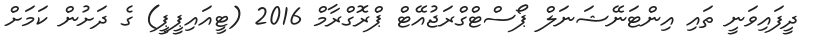
ދީފައިވަނީ ތައި އިންޓަނޭޝަނަލް ޕޯސްޓްގްރަޖުއޭޓް ޕްރޮގްރާމް 2016 (ޓީއައިޕީޕީ) ގެ ދަށުން ކަމަށް